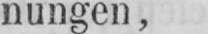
nungen,